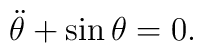
\ddot{\theta}+\sin\theta=0.